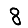
Digit: 8